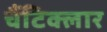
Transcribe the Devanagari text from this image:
चैंटिक्लार